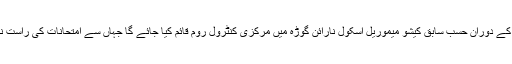
یس یس سی امتحانات کے دوران حسب سابق کیشو میموریل اسکول نارائن گوڑہ میں مرکزی کنٹرول روم قائم کیا جائے گا جہاں سے امتحانات کی راست نگرانی کی جائے گی ۔